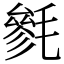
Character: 毿